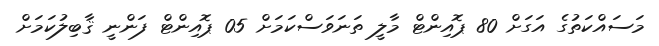
މަސައްކަތުގެ އަގަށް 80 ޕޮއިންޓް މާލީ ތަނަވަސްކަމަށް 05 ޕޮއިންޓް ފަންނީ ޤާބިލުކަމަށް